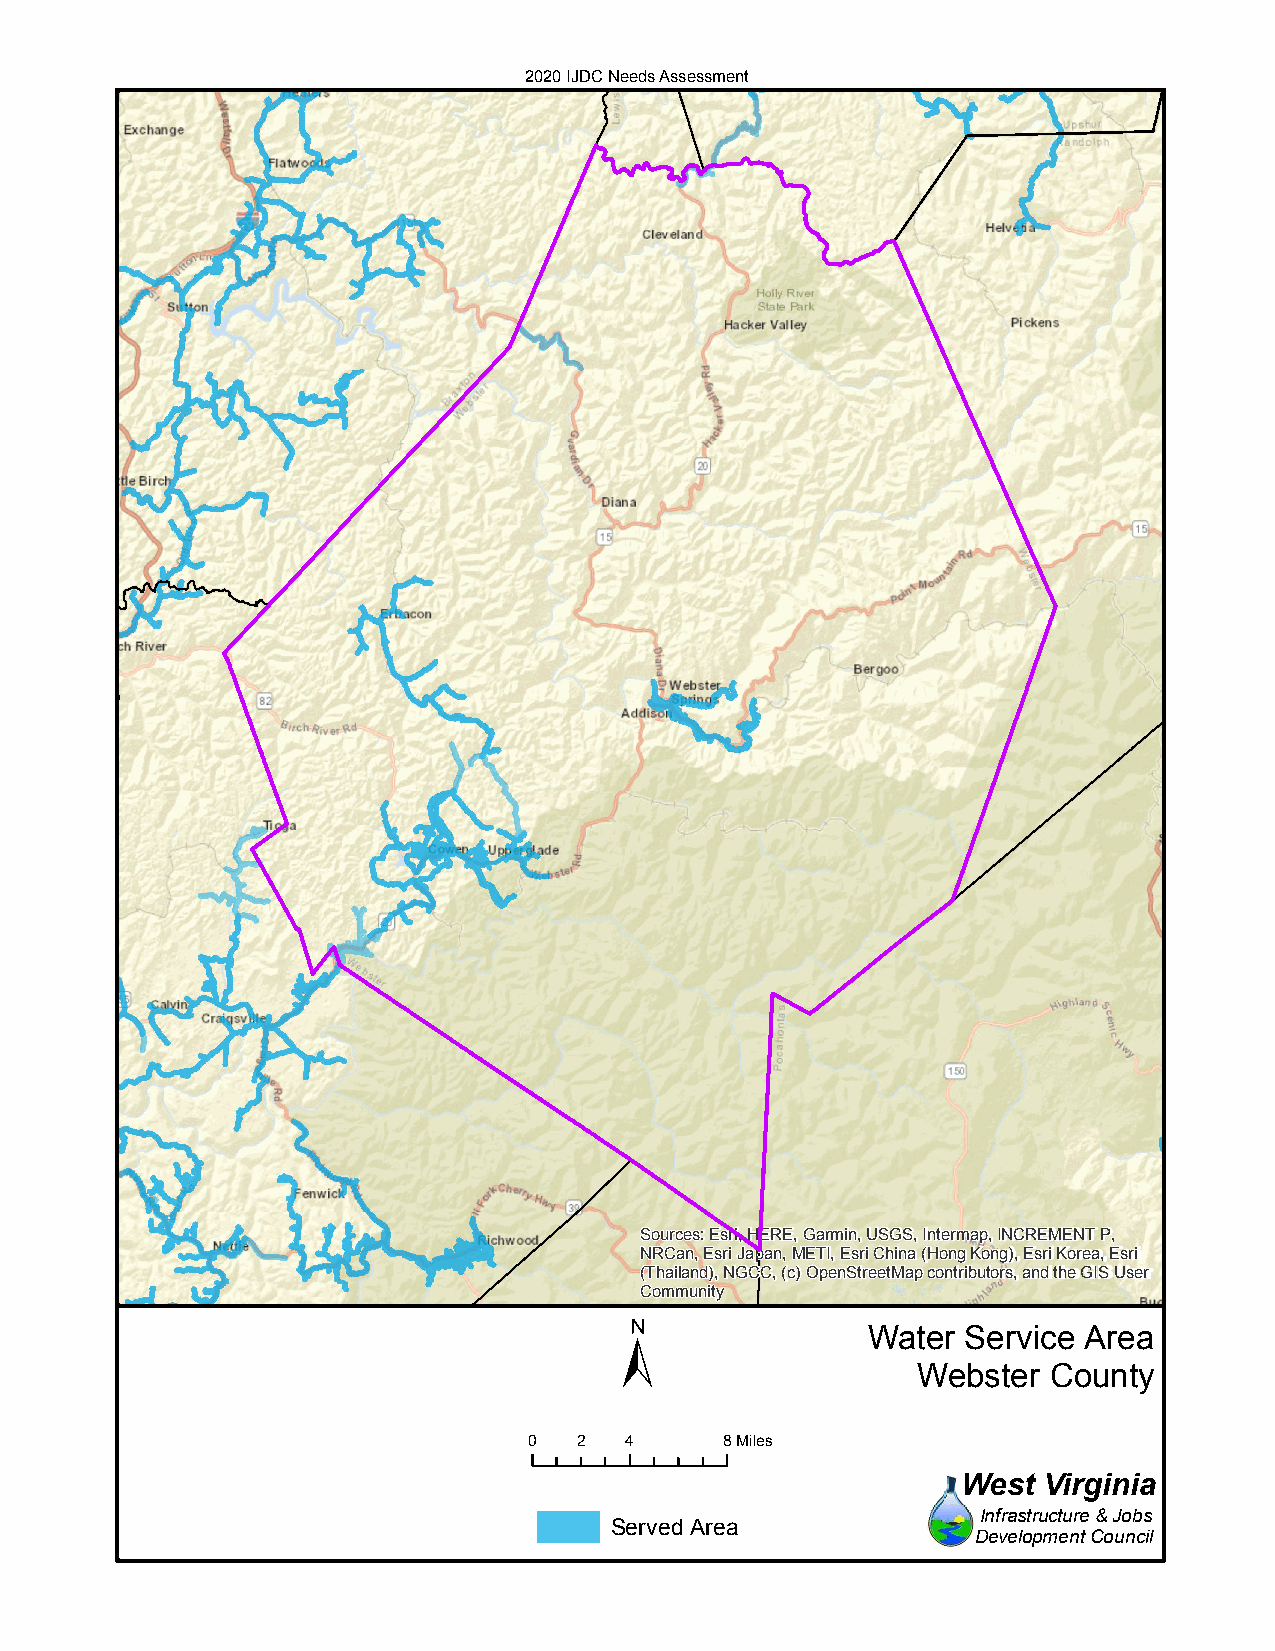
2020 IJDC Needs Assessment
 Sources: Esri, HERE, Garmin, USGS, Intermap, INCREMENT P,
 NRCan, Esri Japan, METI, Esri China (Hong Kong), Esri Korea, Esri
 (Thailand), NGCC, (c) OpenStreetMap contributors, and the GIS User
 Community
 ±
 Water  Service Area
 Webster County
 0  2  4      8Miles
 West Virginia
 Infrastructure & Jobs
 Served Area
 Development Council